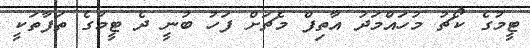
ޓީމުގެ ކޯޗު މުހައްމަދު އާތިފް މެޗަށް ފަހު ބުނީ ދެ ޓީމުގެ ތަފާތަކީ